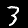
Digit: 3